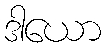
ဒါယော